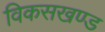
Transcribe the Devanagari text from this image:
विकसखण्ड